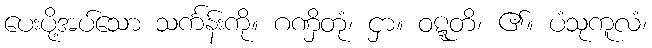
ပေးပို့အပ်သော သင်္ကန်းကို။ ဂဏှိတုံ၊ ငှာ။ ဝဋ္ဋတိ၊ ၏။ ပံသုကူလံ၊